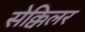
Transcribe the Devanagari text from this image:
सेक्किलर